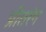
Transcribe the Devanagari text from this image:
प्रीतरंग